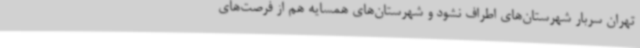
تهران سربار شهرستان‌های اطراف نشود و شهرستان‌های همسایه هم از فرصت‌های